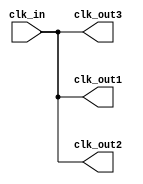
module clock_buffer (
    input wire clk_in,       // Single-ended clock input
    output wire clk_out1,    // First output clock
    output wire clk_out2,    // Second output clock (additional outputs can be added)
    output wire clk_out3     // Third output clock
);

// Clock buffer logic: drive the output clock signals based on the input clock signal
// This example uses simple assignment; for an actual implementation, consider using
// specific synthesis primitives or buffer elements as needed for drive strength.
assign clk_out1 = clk_in;
assign clk_out2 = clk_in;
assign clk_out3 = clk_in;

// Optionally, add dynamic power management, skew/jitter reduction mechanisms, etc.
// These features may require more complex designs and possibly additional components.

endmodule